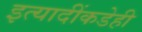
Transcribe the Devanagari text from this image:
इत्यादींकडेही